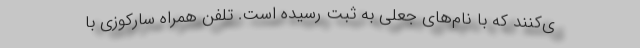
ی‌کنند که با نام‌های جعلی به ثبت رسیده است. تلفن همراه سارکوزی با